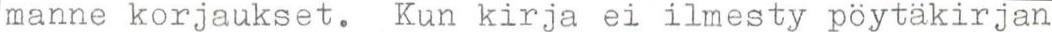
manne korjaukset. Kun kirja ei ilmesty pöytäkirjan